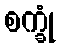
စက္ခုံ